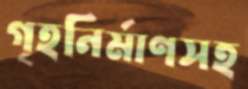
গৃহনির্মাণসহ